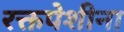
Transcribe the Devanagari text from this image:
रक्तपेशीना